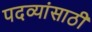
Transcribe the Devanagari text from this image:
पदव्यांसाठी